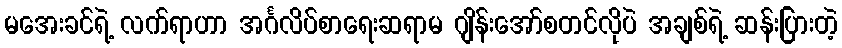
မအေးခင်ရဲ့ လက်ရာဟာ အင်္ဂလိပ်စာရေးဆရာမ ဂျိန်းအော်စတင်လိုပဲ အချစ်ရဲ့ ဆန်းပြားတဲ့